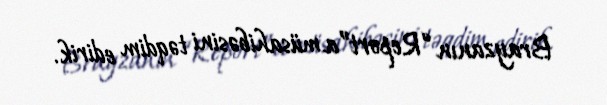
Brayzanın “Report”a müsahibəsini təqdim edirik.